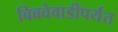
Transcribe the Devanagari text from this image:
बिबवेवाडीपर्यंत